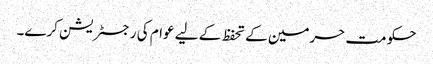
حکومت حرمین کے تحفظ کے لیے عوام کی رجسٹریشن کرے۔